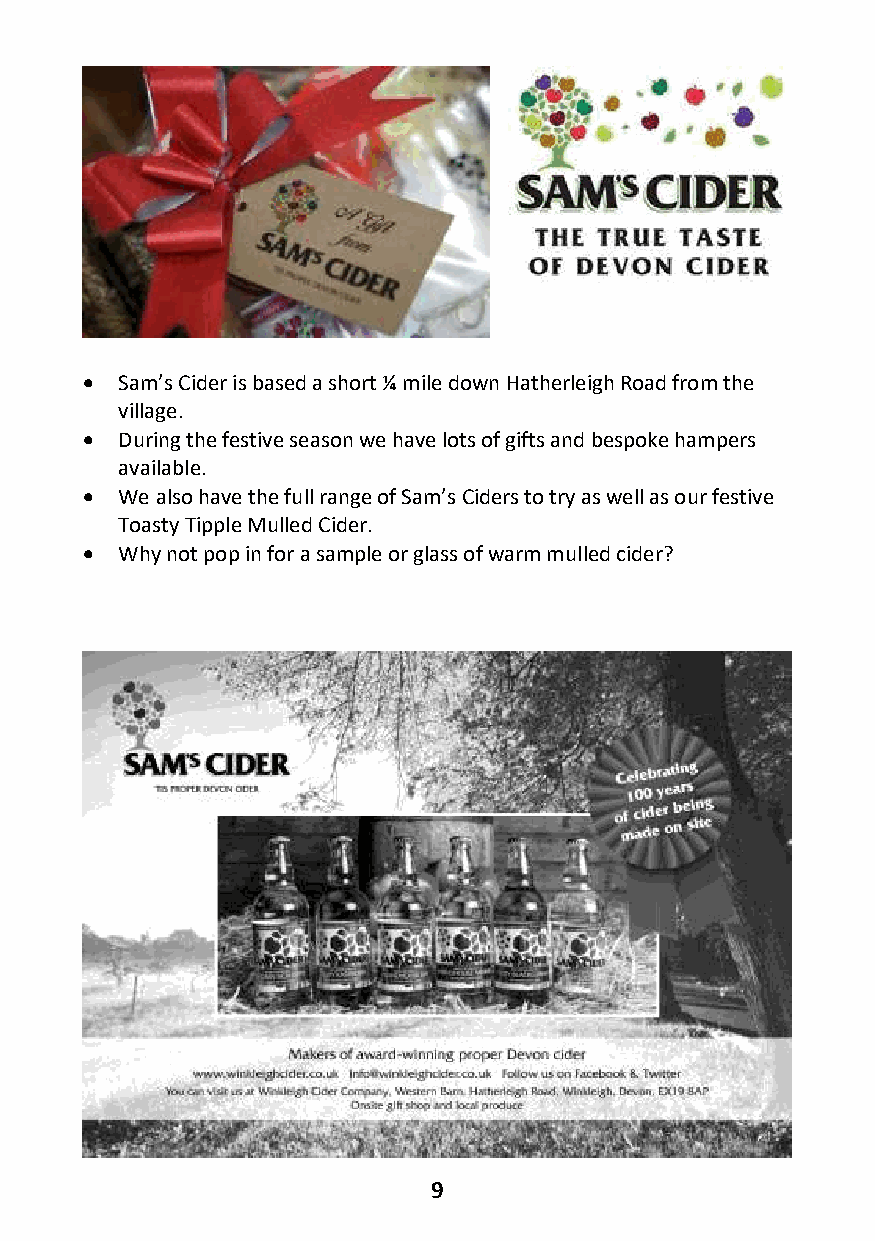
  Sam’s Cider is based a short ¼ mile down Hatherleigh Road from the
 village.
   During the festive season we have lots of gifts and bespoke hampers
 available.
   We also have the full range of Sam’s Ciders to try as well as our festive
 Toasty Tipple Mulled Cider.
   Why not pop in for a sample or glass of warm mulled cider?
 9